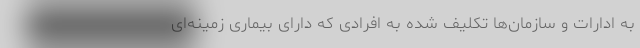
به ادارات و سازمان‌ها تکلیف شده به افرادی که دارای بیماری زمینه‌ای